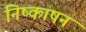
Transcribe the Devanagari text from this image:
निष्काषन